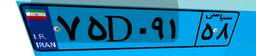
۷۸D۷۶۶۴۱